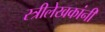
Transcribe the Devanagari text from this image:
स्त्रीलेखकांनी